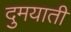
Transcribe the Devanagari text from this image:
दुमयाती